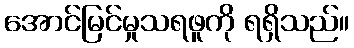
အောင်မြင်မှုသရဖူကို ရရှိသည်။